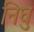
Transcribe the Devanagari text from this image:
निघु